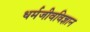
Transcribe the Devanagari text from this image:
धर्मजीवविज्ञान